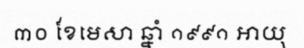
៣០ ខែមេសា ឆ្នាំ ១៩៩១ អាយុ